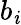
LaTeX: b_{\mathit{i}}